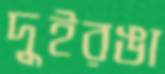
দুইরঙা